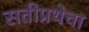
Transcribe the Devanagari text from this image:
सतीप्रथेचा